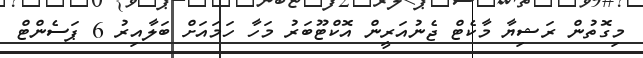
މިގޮތުން ރަޝިޔާ މާކެޓް ޖެނުއަރީން އޮކްޓޫބަރު މަހާ ހަމައަށް ބަލާއިރު 6 ޕަސެންޓް